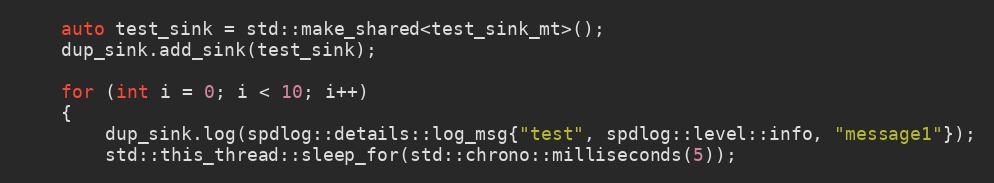
Language: C++
    auto test_sink = std::make_shared<test_sink_mt>();
    dup_sink.add_sink(test_sink);

    for (int i = 0; i < 10; i++)
    {
        dup_sink.log(spdlog::details::log_msg{"test", spdlog::level::info, "message1"});
        std::this_thread::sleep_for(std::chrono::milliseconds(5));